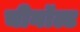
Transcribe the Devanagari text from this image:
चीनॉल्ट